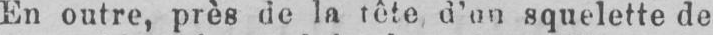
squelette de